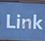
link